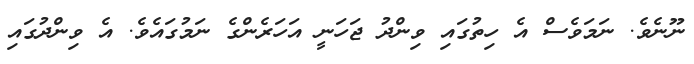
ނޫނެވެ. ނަމަވެސް އެ ހިތުގައި ވިންދު ޖަހަނީ އަހަރެންގެ ނަމުގައެވެ. އެ ވިންދުގައި